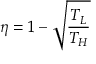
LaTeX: \eta = 1 - { \sqrt { \frac { T _ { L } } { T _ { H } } } }